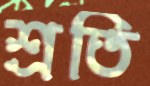
শ্রতি